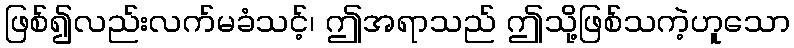
ဖြစ်၍လည်းလက်မခံသင့်၊ ဤအရာသည် ဤသို့ဖြစ်သကဲ့ဟူသော